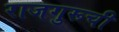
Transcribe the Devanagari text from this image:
राजगुरूची